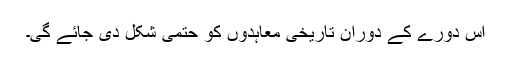
اس دورے کے دوران تاریخی معاہدوں کو حتمی شکل دی جائے گی۔